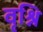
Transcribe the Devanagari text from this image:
वृश्नि